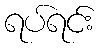
ရပ်ရင်း